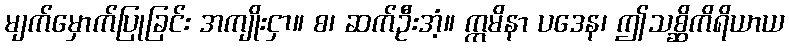
မျက်မှောက်ပြုခြင်း အကျိုးငှာ။ စ၊ ဆက်ဦးအံ့။ ဣမိနာ ပဒေန၊ ဤသစ္ဆိကိရိယာယ